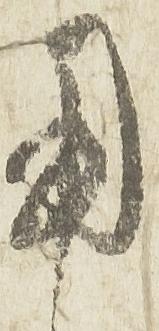
用